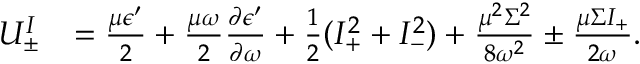
\begin{array} { r l } { U _ { \pm } ^ { I } } & { = \frac { \mu \epsilon ^ { \prime } } { 2 } + \frac { \mu \omega } { 2 } \frac { \partial \epsilon ^ { \prime } } { \partial \omega } + \frac { 1 } { 2 } ( I _ { + } ^ { 2 } + I _ { - } ^ { 2 } ) + \frac { \mu ^ { 2 } \Sigma ^ { 2 } } { 8 \omega ^ { 2 } } \pm \frac { \mu \Sigma I _ { + } } { 2 \omega } . } \end{array}